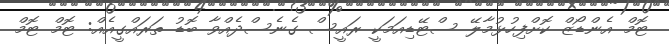
ޓޮމް އެންޑޯޒް ކޮށްފިހުޅުމާލޭ ސްޓޭޑިއަމަކީ ރައީސް ގެނެސްދެއްވާ ބޮޑު ތަރައްގީއެއް: ޓޮމް ޓޮމް